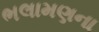
ભલામણના